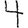
Digit: 4